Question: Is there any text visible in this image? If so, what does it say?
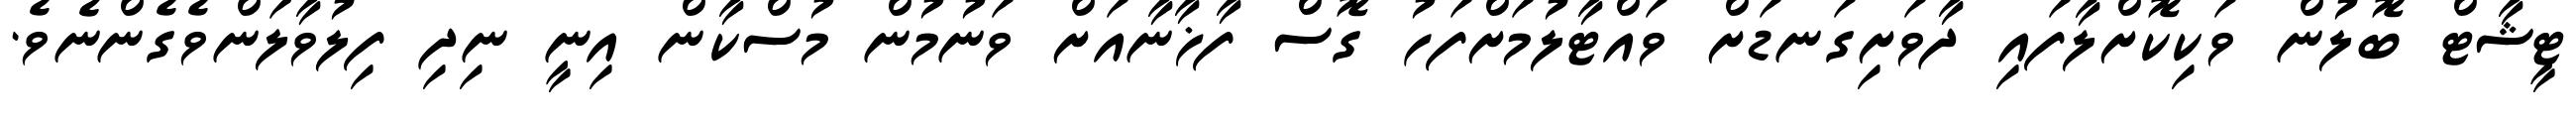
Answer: ޓީޝާޓް ބޮލުން ވަކިކޮށްލާފައި ދާވަށިގަނޑަށް ވައްޓާލުމަށްފަހު ގޮސް ފާޚާނާއަށް ވަނުމުން މުސްކާން އިނީ ނިދި ފިލުވާލަންވެގެންނެވެ.